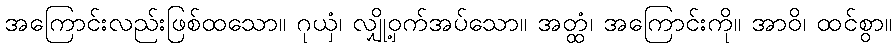
အကြောင်းလည်းဖြစ်ထသော။ ဂုယှံ၊ လျှို့ဝှက်အပ်သော။ အတ္ထံ၊ အကြောင်းကို။ အာဝိ၊ ထင်စွာ။